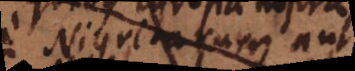
Nigritarum aut